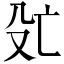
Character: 𬆞